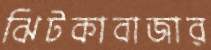
ঝিটকাবাজার